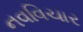
નવવિચાર